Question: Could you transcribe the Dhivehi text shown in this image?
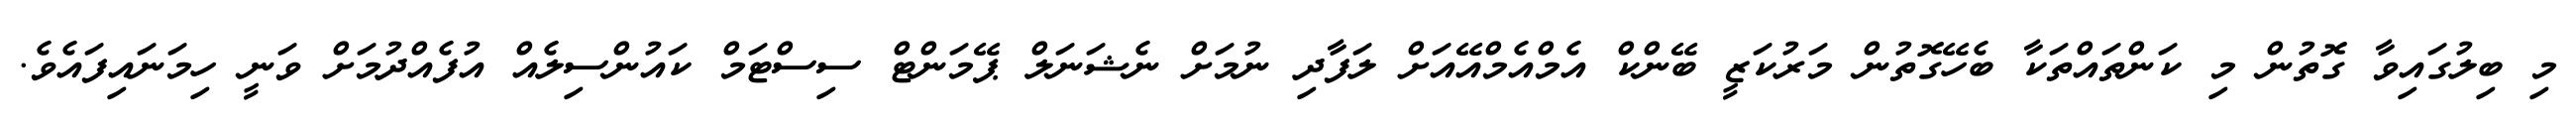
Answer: މި ބިލުގައިވާ ގޮތުން މި ކަންތައްތަކާ ބެހޭގޮތުން މަރުކަޒީ ބޭންކް އެމްއެމްއޭއަށް ލަފާދި ނުމަށް ނެޝަނަލް ޕޭމަންޓް ސިސްޓަމް ކައުންސިލެއް އުފެއްދުމަށް ވަނީ ހިމަނައިފައެވެ.